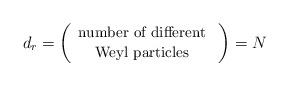
LaTeX: \begin{align*}d_r=\left( \begin{array}{c} \mbox{{\small number of different} } \\ \mbox{{\small Weyl particles} } \end{array} \right)=N\end{align*}